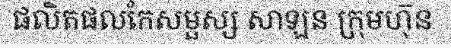
ផលិតផលកែសម្ផស្ស សាឡន ក្រុមហុ៑ន